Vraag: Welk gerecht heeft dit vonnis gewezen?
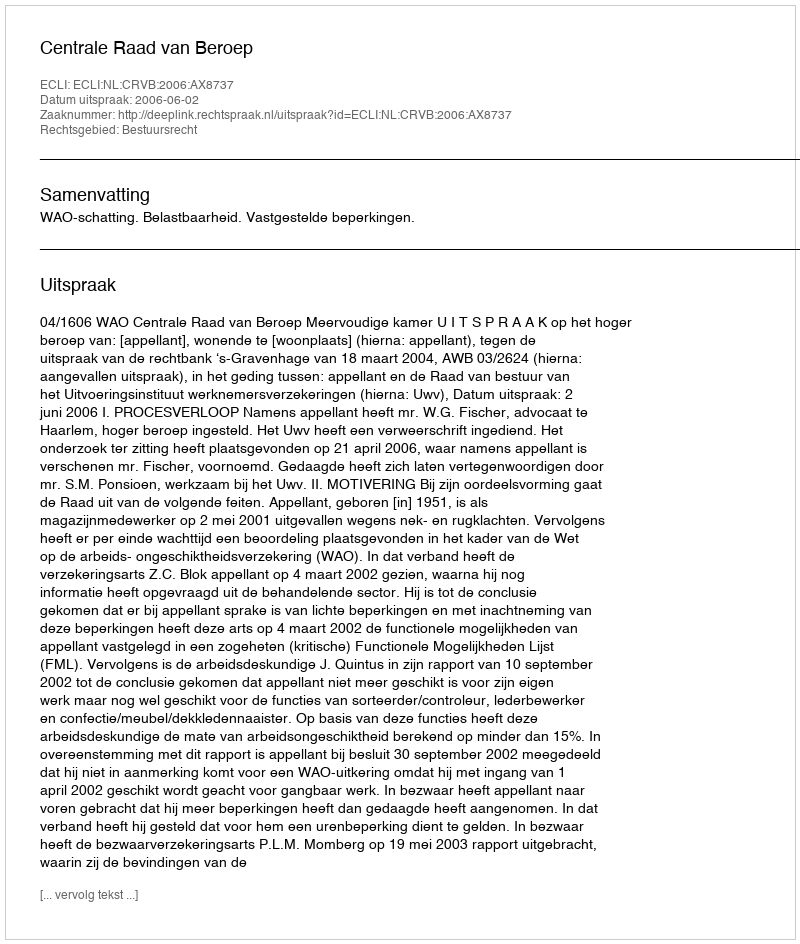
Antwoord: Centrale Raad van Beroep